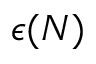
\epsilon ( N )